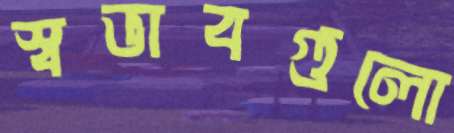
স্বভাবগুলো